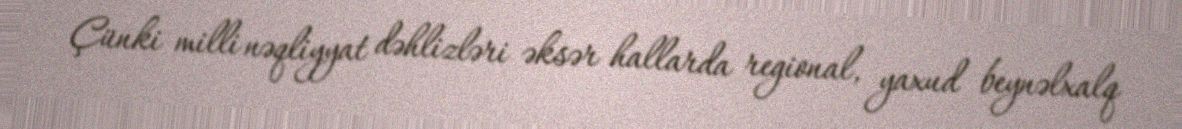
Çünki milli nəqliyyat dəhlizləri əksər hallarda regional, yaxud beynəlxalq